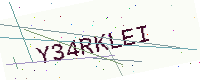
Text: Y34RKLEI